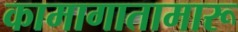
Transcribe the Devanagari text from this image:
कामागातामारू